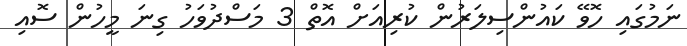
ނަމުގައި ހޮވޭ ކައުންސިލަރުން ކުރިއަށް އޮތް 3 މަސްދުވަހު ގިނަ މީހުން ސޮއި